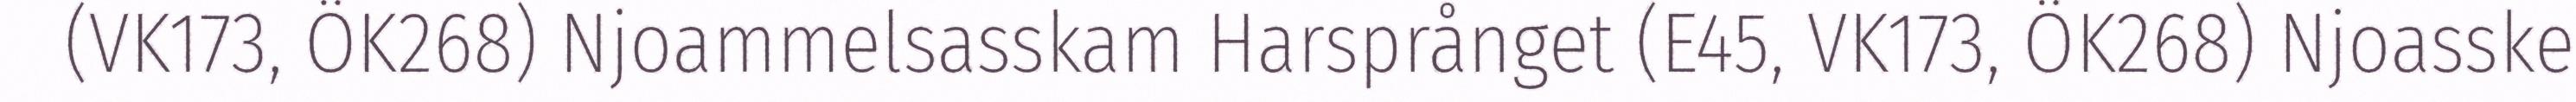
(VK173, ÖK268) Njoammelsasskam Harsprånget (E45, VK173, ÖK268) Njoasske